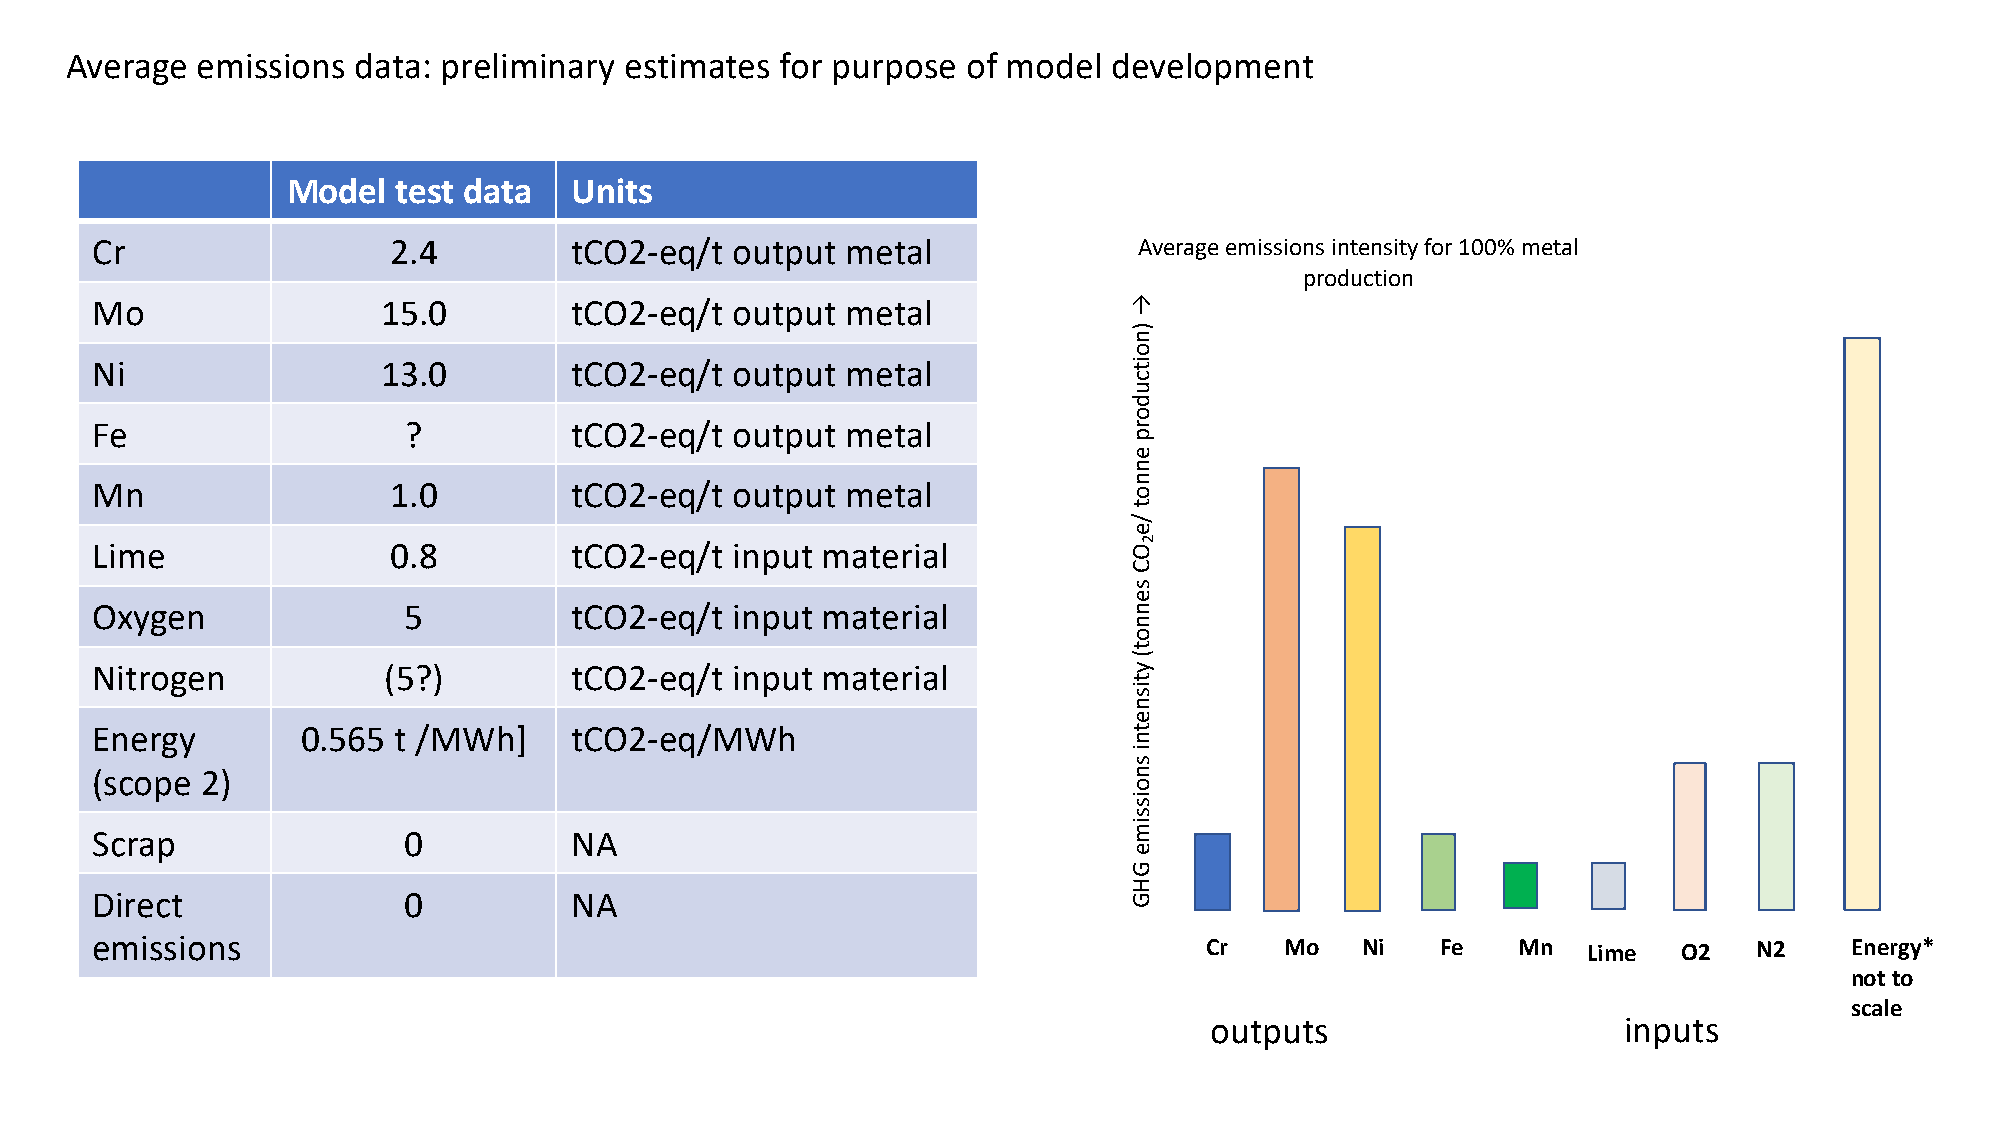
Average  emissions  data: preliminary estimates for purpose of model  development
 Model  test data   Units
 Cr                  2.4         tCO2-eq/t  output metal              Average emissions intensity for 100% metal
 production
 Mo                 15.0         tCO2-eq/t  output metal
 Ni                 13.0         tCO2-eq/t  output metal
 Fe                   ?          tCO2-eq/t  output metal
 Mn                  1.0         tCO2-eq/t  output metal
 Lime                0.8         tCO2-eq/t  input material
 Oxygen               5          tCO2-eq/t  input material
 Nitrogen           (5?)         tCO2-eq/t  input material
 Energy        0.565 t /MWh]     tCO2-eq/MWh
 (scope 2)
 Scrap                0          NA
 Direct               0          NA
 emissions                                                                 Cr   Mo   Ni   Fe   Mn   Lime  O2   N2    Energy*
 not to
 scale
 outputs                    inputs
 →
 )noitcudorp
 ennot
 /e
 OC
 sennot(
 ytisnetni
 snoissime
 GHG
 2